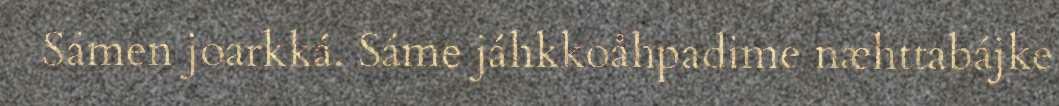
Sámen joarkká. Sáme jáhkkoåhpadime næhttabájke